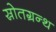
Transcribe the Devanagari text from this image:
स्रोतग्रन्थ